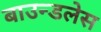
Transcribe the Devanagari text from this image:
बाउन्डलेस